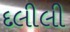
દલીલી